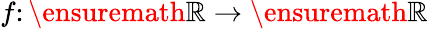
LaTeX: f\colon\ensuremath{\mathbb{R}}\to\ensuremath{\mathbb{R}}